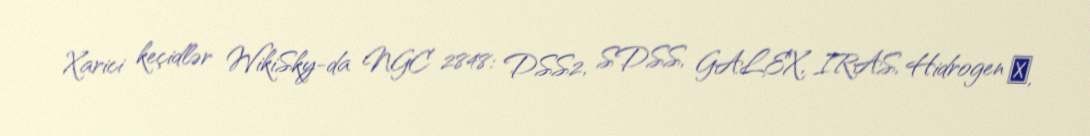
Xarici keçidlər WikiSky-da NGC 2848: DSS2, SDSS, GALEX, IRAS, Hidrogen α,